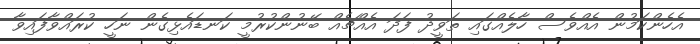
އެހެންކަމުން އެއްވެސް ހާލެއްގައި ތަވީދު ފަދަ އެއްޗެއް ބޭނުންކުރުމީ ކަނޑައެޅިގެން ނަހީ ކުރައްވާފައިވާ